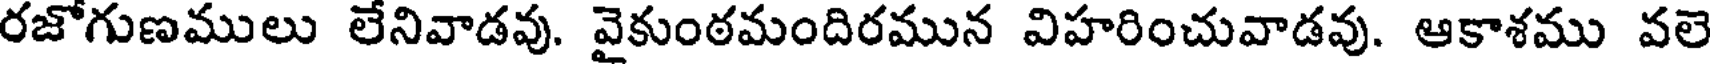
రజోగుణములు లేనివాడవు. వైకుంఠమందిరమున విహరించువాడవు. ఆకాశము వలె